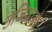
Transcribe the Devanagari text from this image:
उजियारो